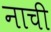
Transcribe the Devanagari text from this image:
नाची